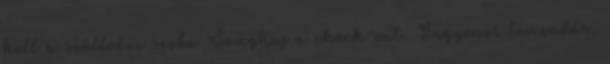
kell a szállodai szoba Sanghaj a check-out. Ingyenes lemondás.